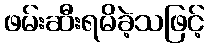
ဖမ်းဆီးရမိခဲ့သဖြင့်